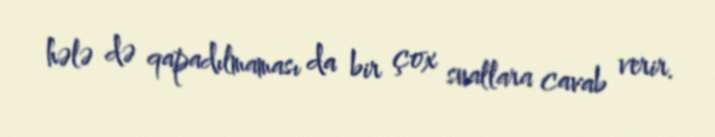
hələ də qapadılmaması da bir çox suallara cavab verir.